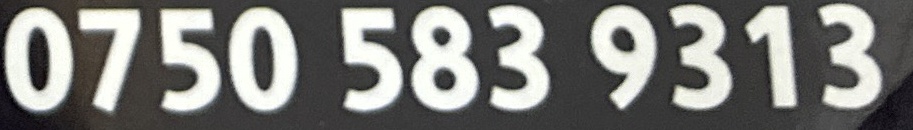
0750 583 9313